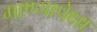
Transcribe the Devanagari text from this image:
गाण्यापेक्षा